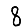
Digit: 8